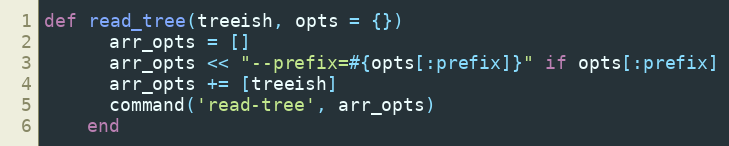
Language: Ruby
def read_tree(treeish, opts = {})
      arr_opts = []
      arr_opts << "--prefix=#{opts[:prefix]}" if opts[:prefix]
      arr_opts += [treeish]
      command('read-tree', arr_opts)
    end